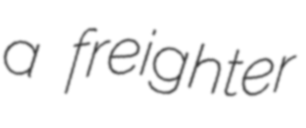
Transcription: a freighter